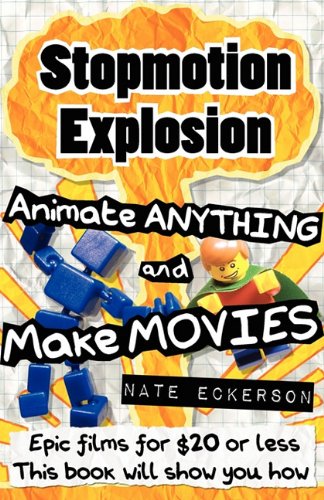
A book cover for Stopmotion Explosion: Animate Anything and Make Movies- Epic Films for $20 or Less; Nate Eckerson; Arts & Photography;